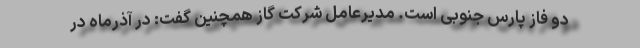
دو فاز پارس جنوبی است. مدیرعامل شرکت گاز همچنین گفت: در آذرماه در